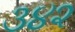
૩૪૨